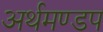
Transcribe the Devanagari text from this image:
अर्थमण्डप